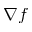
\nabla f